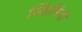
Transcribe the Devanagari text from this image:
स्वािमिनी